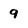
Character: 9